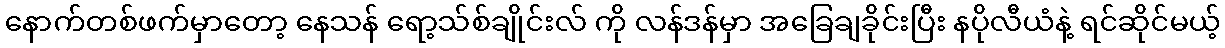
နောက်တစ်ဖက်မှာတော့ နေသန် ရော့သ်စ်ချိုင်းလ် ကို လန်ဒန်မှာ အခြေချခိုင်းပြီး နပိုလီယံနဲ့ ရင်ဆိုင်မယ့်